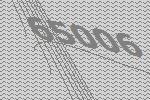
65006